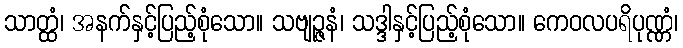
သာတ္ထံ၊ အနက်နှင့်ပြည့်စုံသော။ သဗျဉ္ဇနံ၊ သဒ္ဒါနှင့်ပြည့်စုံသော။ ကေဝလပရိပုဏ္ဏံ၊